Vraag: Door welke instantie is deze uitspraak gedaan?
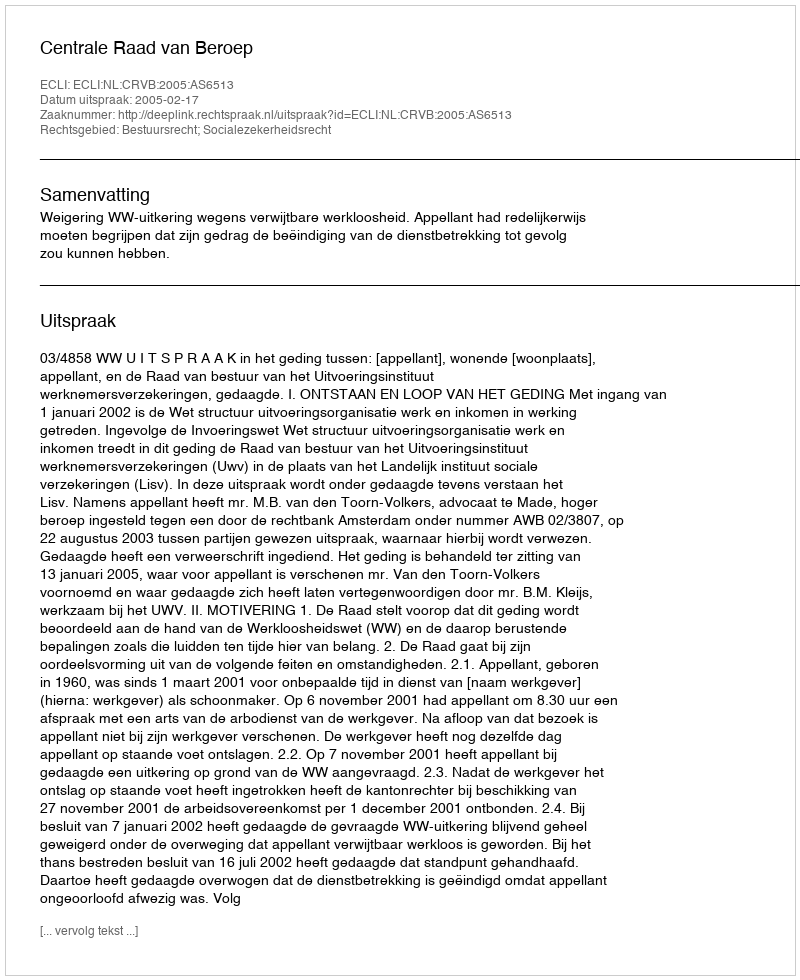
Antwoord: Centrale Raad van Beroep